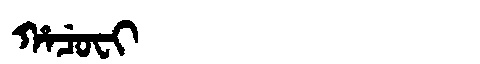
Manchu: ᡥᠠᠴᡠᠸᡳ
Romanization: HACUFI